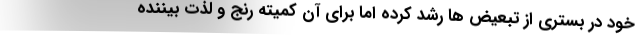
خود در بستری از تبعیض ها رشد کرده اما برای آن کمیته رنج و لذت بیننده